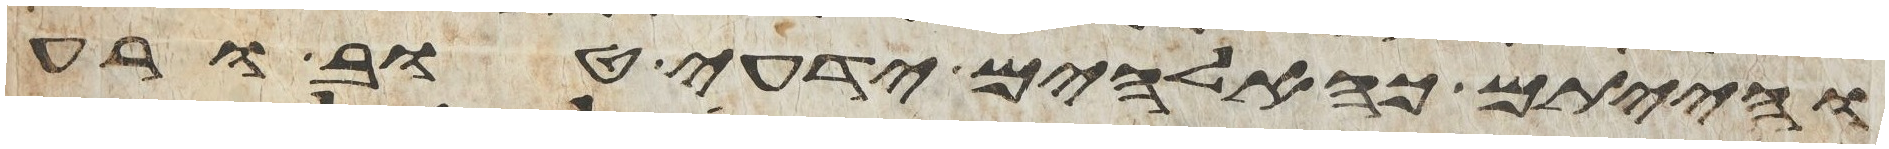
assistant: והייתם כאלהים ידעי טוב ורע